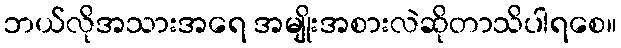
ဘယ်လိုအသားအရေ အမျိုးအစားလဲဆိုတာသိပါရစေ။